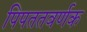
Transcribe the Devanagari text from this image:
पिपततवर्णक